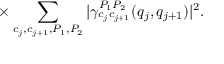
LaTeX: \times \sum _ { c _ { j } , c _ { j + 1 } , { P _ { 1 } , P _ { 2 } } } | \gamma _ { c _ { j } c _ { j + 1 } } ^ { P _ { 1 } P _ { 2 } } ( q _ { j } , q _ { j + 1 } ) | ^ { 2 } .